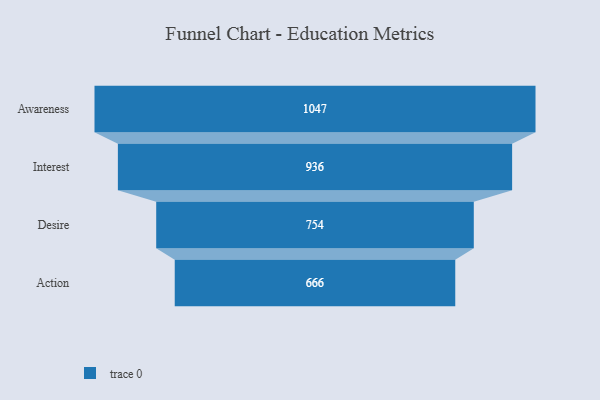
{"axis": {"x": "Stage", "y": "Value"}, "legend": [""], "data": [{"x": "Awareness", "y": 1047.0, "type": ""}, {"x": "Interest", "y": 936.0, "type": ""}, {"x": "Desire", "y": 754.0, "type": ""}, {"x": "Action", "y": 666.0, "type": ""}]}